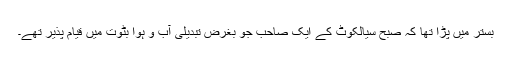
بستر میں پڑا تھا کہ صبح سیالکوٹ کے ایک صاحب جو بغرض تبدیلی آب و ہوا بٹوت میں قیام پذیر تھے۔